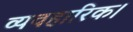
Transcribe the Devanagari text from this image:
व्यवहारिक।